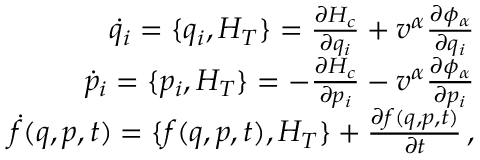
\begin{array} { r } { \dot { q } _ { i } = \{ q _ { i } , H _ { T } \} = \frac { \partial H _ { c } } { \partial q _ { i } } + v ^ { \alpha } \frac { \partial \phi _ { \alpha } } { \partial q _ { i } } } \\ { \dot { p } _ { i } = \{ p _ { i } , H _ { T } \} = - \frac { \partial H _ { c } } { \partial p _ { i } } - v ^ { \alpha } \frac { \partial \phi _ { \alpha } } { \partial p _ { i } } } \\ { \dot { f } ( q , p , t ) = \{ f ( q , p , t ) , H _ { T } \} + \frac { \partial f ( q , p , t ) } { \partial t } \, , } \end{array}